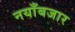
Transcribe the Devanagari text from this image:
नयाँबजार